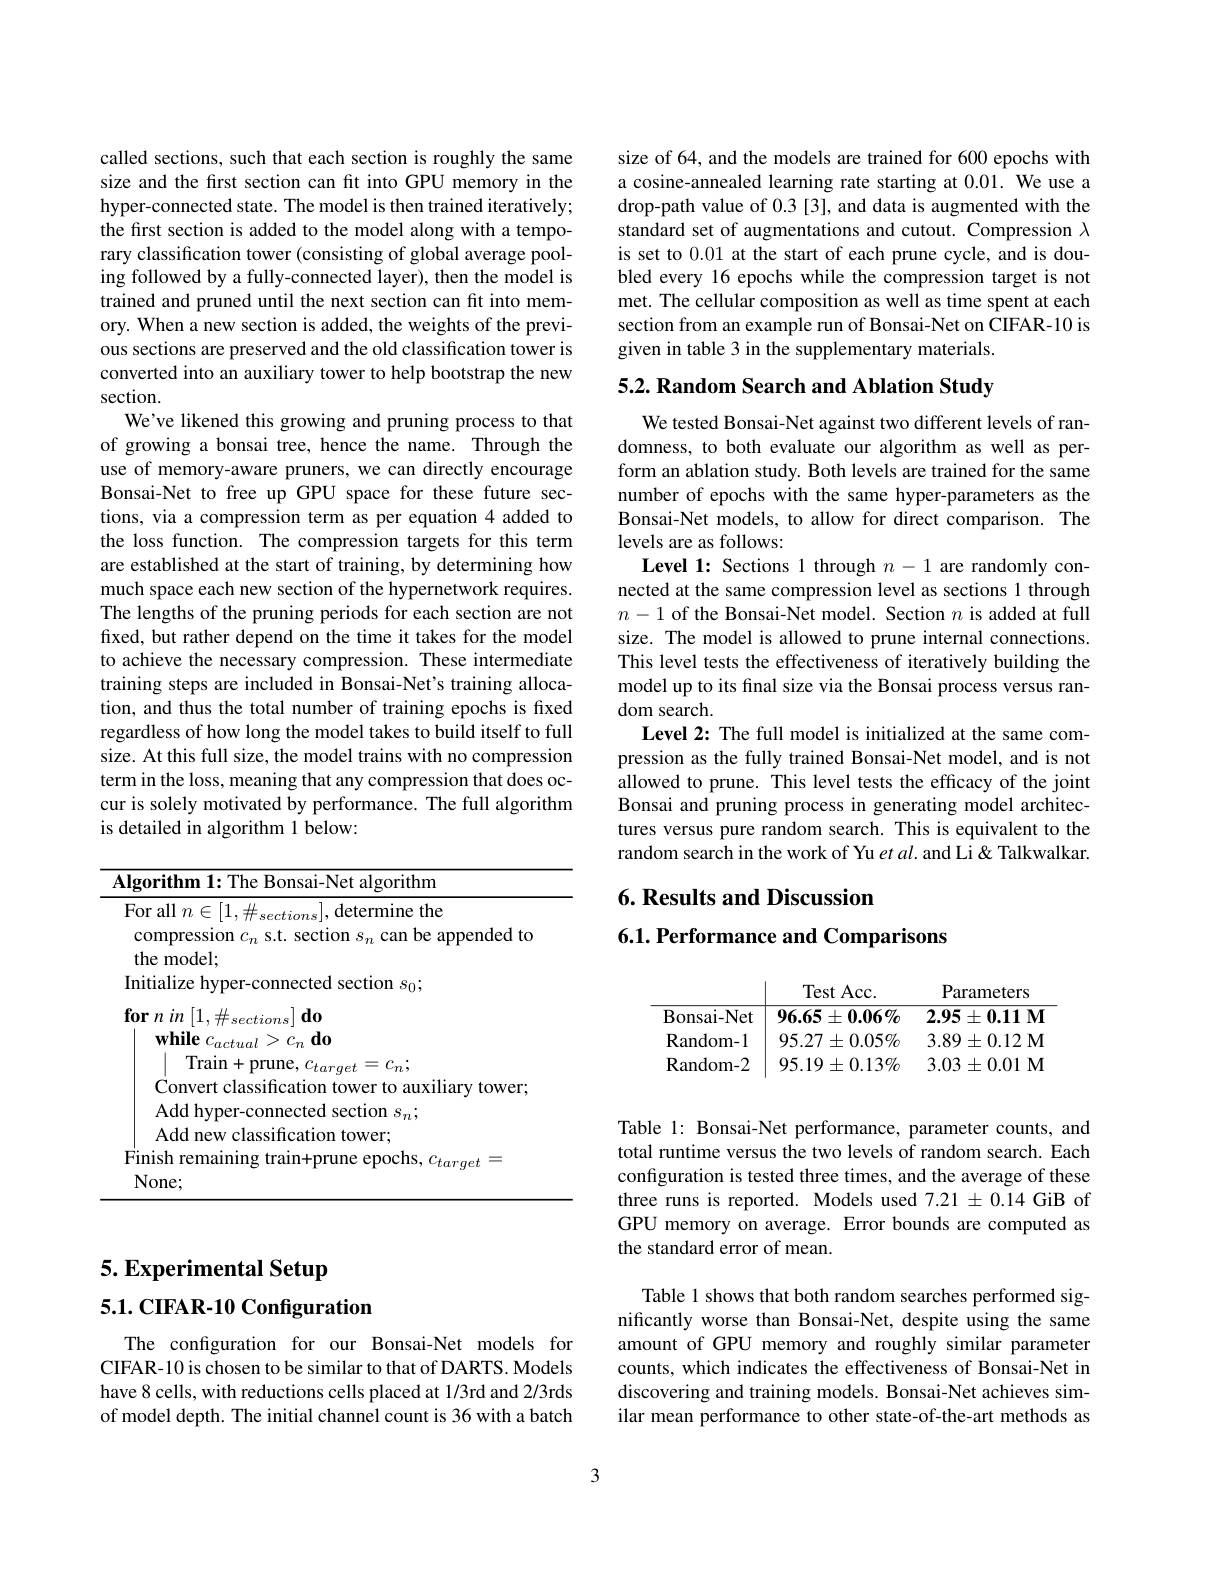
# 5. Experimental Setup 5.1. CIFAR-10 Configuration

The configuration for our Bonsai-Net models for CIFAR-10 is chosen to be similar to that of DARTS. Models have 8 cells, with reductions cells placed at 1/3rd and 2/3rds of model depth. The initial channel count is 36 with a batch

called sections, such that each section is roughly the same size and the frst section can ft into GPU memory in the hyper-connected state. The model is then trained iteratively; the first section is added to the model along with a temporary classification tower (consisting of global average pooling followed by a fully-connected layer), then the model is trained and pruned until the next section can fit into memory. When a new section is added, the weights of the previous sections are preserved and the old classification tower is converted into an auxiliary tower to help bootstrap the new section.
We've likened this growing and pruning process to that of growing a bonsai tree, hence the name. Through the use of memory-aware pruners, we can directly encourage Bonsai-Net to free up GPU space for these future sections, via a compression term as per equation 4 added to the loss function. The compression targets for this term are established at the start of training, by determining how much space each new section of the hypernetwork requires. The lengths of the pruning periods for each section are not fixed, but rather depend on the time it takes for the model to achieve the necessary compression. These intermediate training steps are included in Bonsai-Net's training allocation, and thus the total number of training epochs is fixed regardless of how long the model takes to build itself to full size. At this full size, the model trains with no compression term in the loss, meaning that any compression that does occur is solely motivated by performance. The full algorithm is detailed in algorithm 1 below:

<table>
	<tbody>
		<tr>
			<td>$\mathbf{Algorithm~1:~The~Bonsai-Net~algorithm}$</td>
			<td>$A$</td>
			<td>${\mathbf{rithm~1:The~Bonsai-Net~algorithm}}$</td>
		</tr>
		<tr>
			<td>$None;$</td>
			<td> </td>
			<td>$ne;$</td>
		</tr>
	</tbody>
</table>

size of 64, and the models are trained for 600 epochs with a cosine-annealed learning rate starting at 0.01. We use a drop-path value of 0.3[3], and data is augmented with the standard set of augmentations and cutout. Compression $\lambda$ is set to 0.01 at the start of each prune cycle, and is doubled every 16 epochs while the compression target is not met. The cellular composition as well as time spent at each section from an example run of Bonsai-Net on CIFAR-10 is given in table 3 in the supplementary materials.

5.2. Random Search and Ablation Study

We tested Bonsai-Net against two different levels of randomness, to both evaluate our algorithm as well as perform an ablation study. Both levels are trained for the same number of epochs with the same hyper-parameters as the Bonsai-Net models, to allow for direct comparison. The levels are as follows:
Level 1: Sections 1 through $n-1$ are randomly connected at the same compression level as sections 1 through $n-1$ of the Bonsai-Net model. Section $n$ is added at full size. The model is allowed to prune internal connections. This level tests the effectiveness of iteratively building the model up to its final size via the Bonsai process versus random search.
Level 2: The full model is initialized at the same compression as the fully trained Bonsai-Net model, and is not allowed to prune. This level tests the efficacy of the joint Bonsai and pruning process in generating model architectures versus pure random search. This is equivalent to the random search in the work of Yu et al. and Li & Talkwalkar.

6. Results and Discussion

## $6. 1. \textbf{Performance and Comparisons}$

$\underline{}$Test Acc.
Parameters
$\overline {\mathrm{Bonsai- Net}}$ $96. 65\pm 0. 06\%$ $2. 95\pm 0. 11$ M ${\mathrm{Random- 1}}$ ${\mathrm{95. 27\pm 0. 05\% }}$ ${3. 89\pm 0. 12 \mathbf{M} }$ Random- 2 $\mid 95. 19\pm 0. 13\%$ $3. 03\pm 0. 01$M

Table 1: Bonsai-Net performance, parameter counts, and total runtime versus the two levels of random search. Each configuration is tested three times, and the average of these three runs is reported. Models used 7.21 ±0.14 GiB of GPU memory on average. Error bounds are computed as the standard error of mean.

Table 1 shows that both random searches performed significantly worse than Bonsai-Net, despite using the same amount of GPU memory and roughly similar parameter counts, which indicates the effectiveness of Bonsai-Net in discovering and training models. Bonsai-Net achieves similar mean performance to other state-of-the-art methods as

3